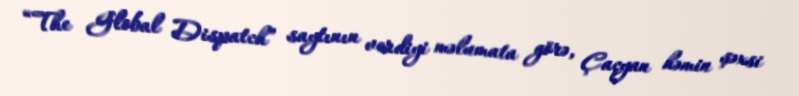
“The Global Dispatch” saytının verdiyi məlumata görə, Çaçyan həmin şəxsi